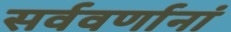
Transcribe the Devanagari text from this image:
सर्ववर्णानां